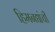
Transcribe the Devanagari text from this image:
हिमनद्यांची